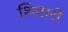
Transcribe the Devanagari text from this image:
शिवारी